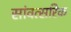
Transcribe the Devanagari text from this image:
सांवत्सरिक